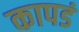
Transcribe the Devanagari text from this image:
कापडं